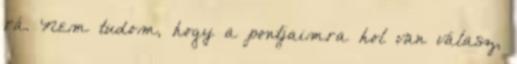
rá. Nem tudom, hogy a pontjaimra hol van válasz,